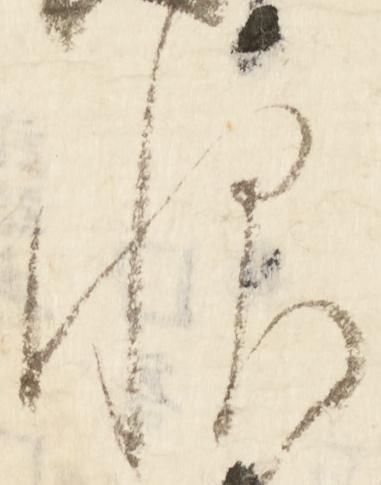
恨